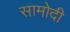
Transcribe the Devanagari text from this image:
सामोदी